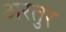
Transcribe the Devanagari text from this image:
अरतुर